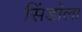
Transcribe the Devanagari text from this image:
सिंडोला